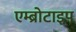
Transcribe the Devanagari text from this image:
एम्ब्रोटाइप